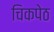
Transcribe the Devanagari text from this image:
चिकपेठ